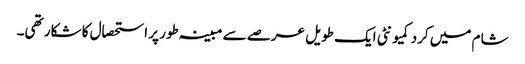
شام میں کرد کمیونٹی ایک طویل عرصے سے مبینہ طور پر استحصال کا شکار تھی۔